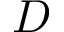
D